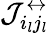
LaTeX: \mathcal{J}_{i_{l}j_{l}}^{\leftrightarrow}